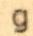
g